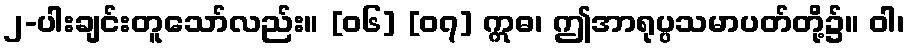
၂-ပါးချင်းတူသော်လည်း။ [၀၆] [၀၇] ဣဓ၊ ဤအာရုပ္ပသမာပတ်တို့၌။ ဝါ၊